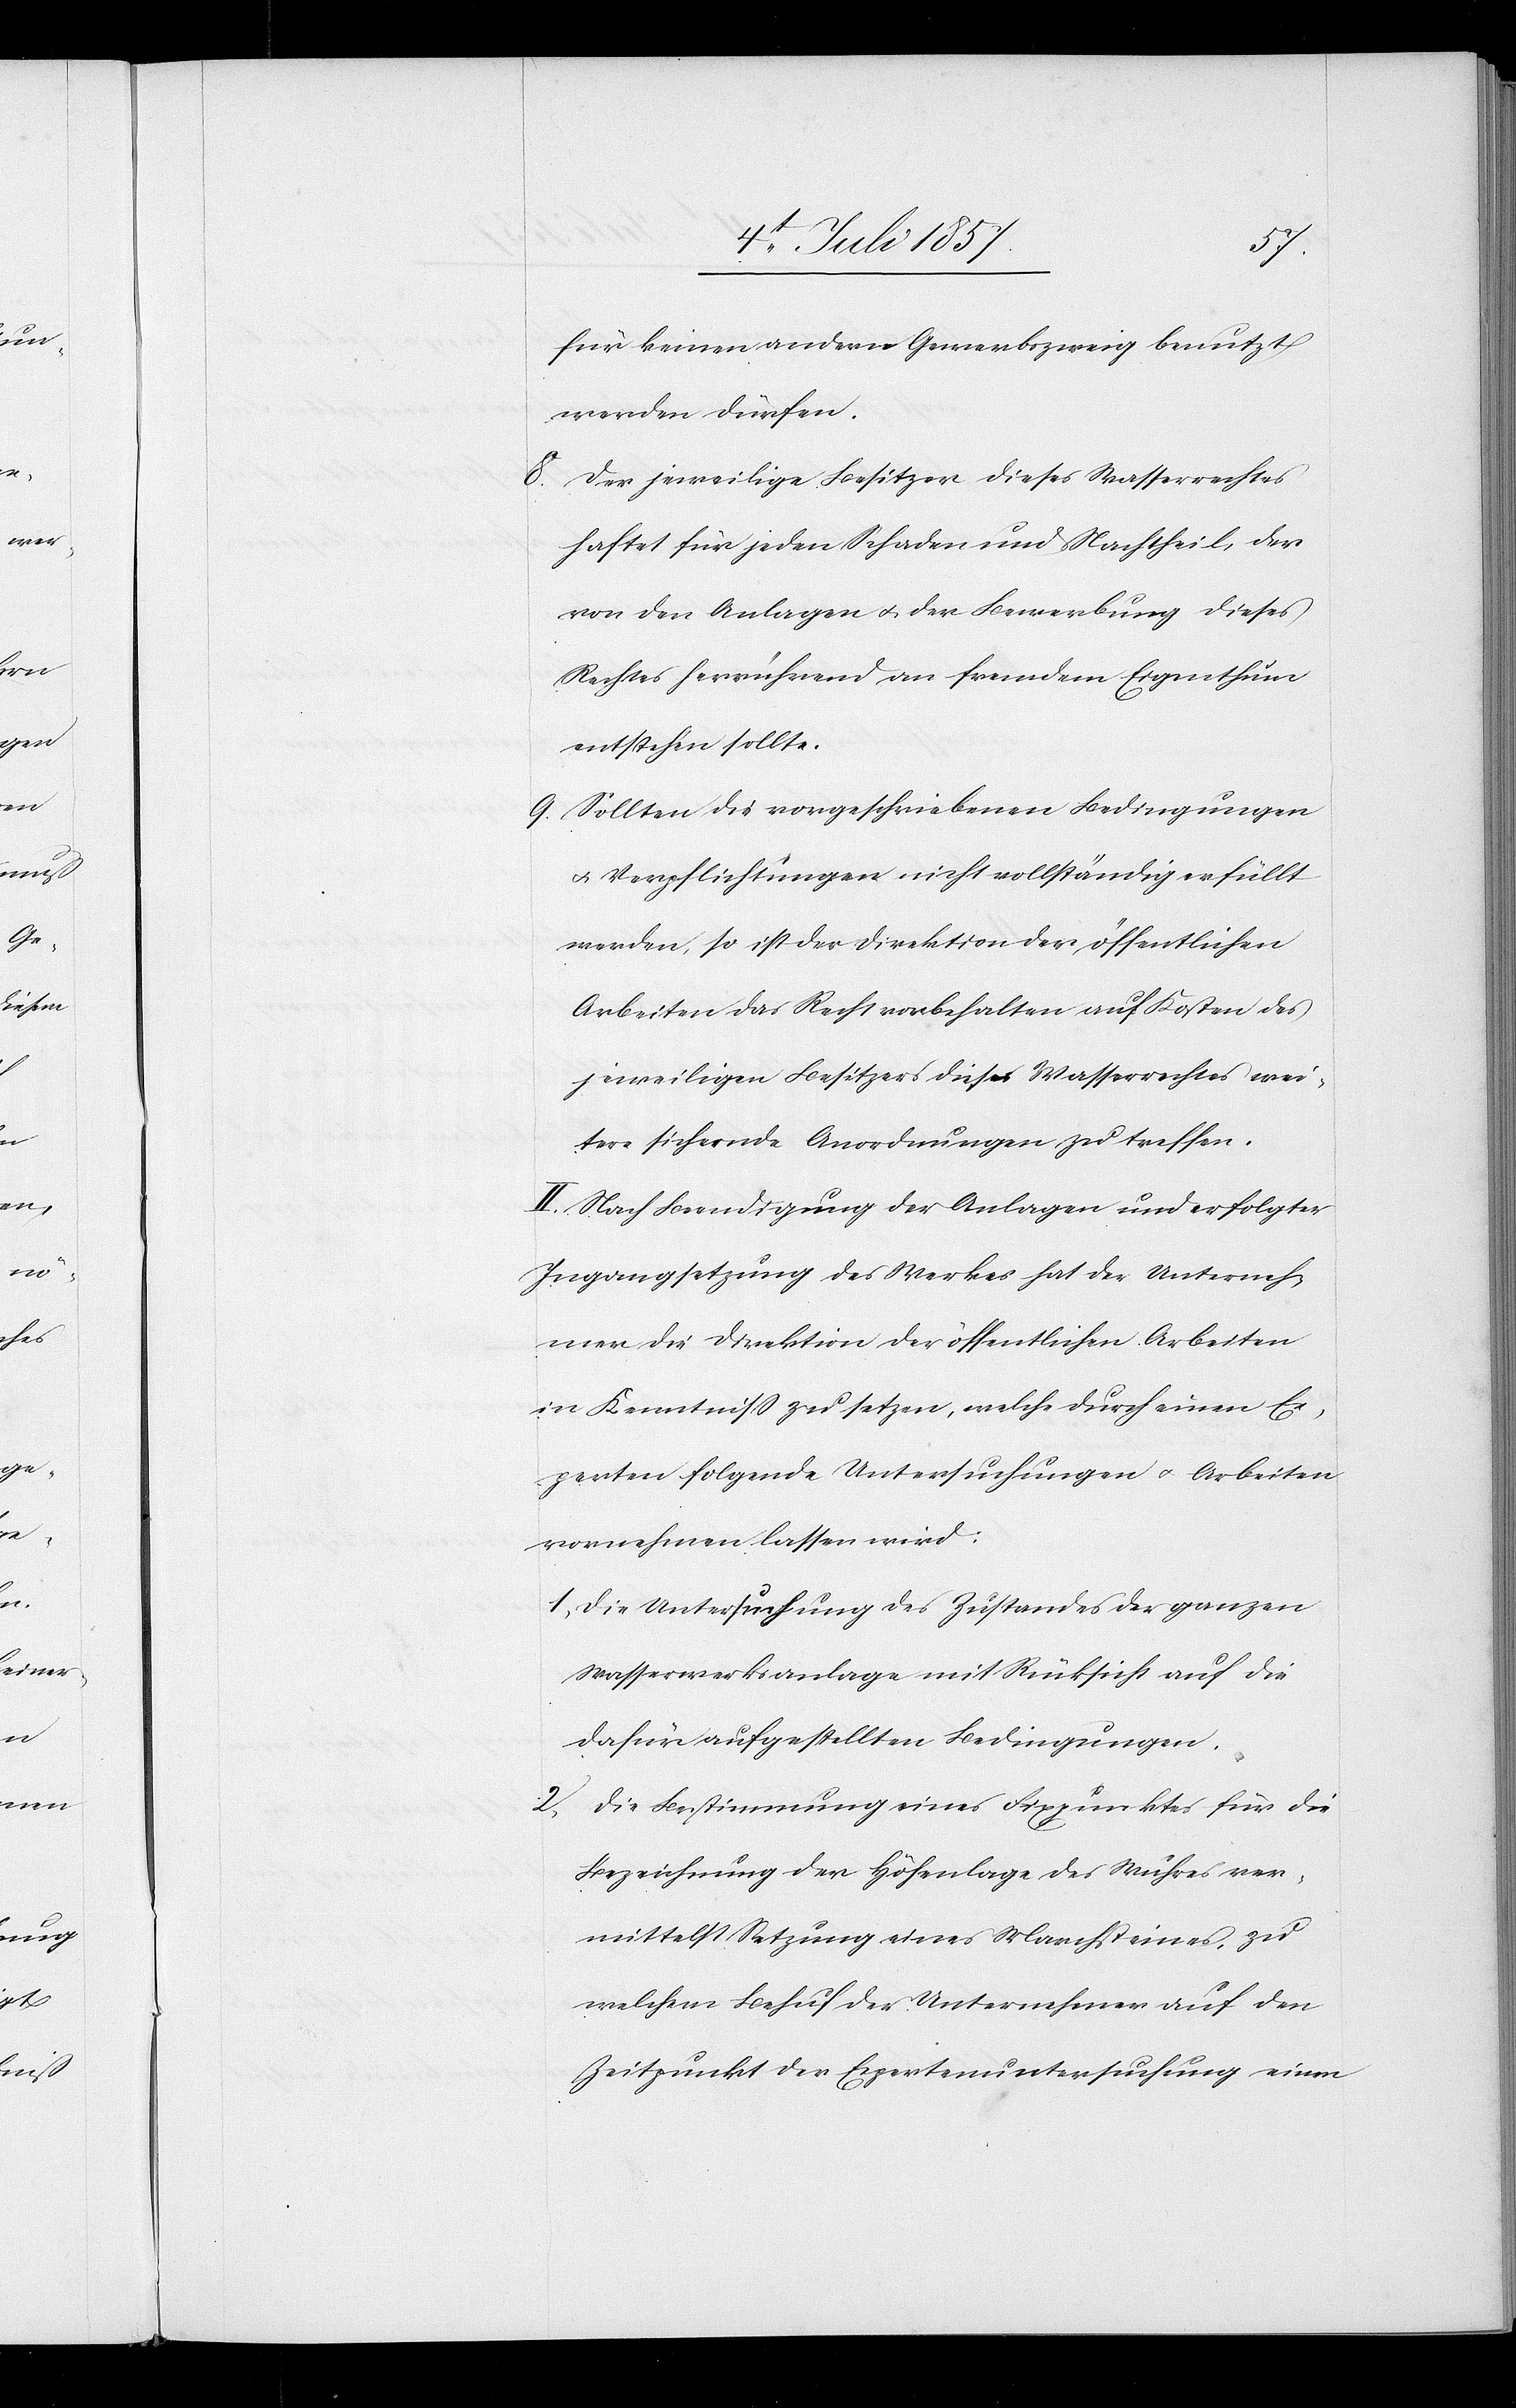
für keinen andern Gewerbszweig benutzt
werden dürfen.
8. Der jeweilige Besitzer dieses Wasserrechtes
haftet für jeden Schaden und Nachtheil, der
von den Anlagen & der Bewerbung dieses
Rechtes herrührend an fremdem Eigenthum
entstehen sollte.
9. Sollten die vorgeschriebenen Bedingungen
& Verpflichtungen nicht vollständig erfüllt
werden, so ist der Direktion der öffentlichen
Arbeiten das Recht vorbehalten auf Kosten des
jeweiligen Besitzers dieses Wasserrechtes wei¬
tere sichernde Anordnungen zu treffen.
II. Nach Beendigung der Anlagen und erfolgter
Ingangsetzung des Werkes hat der Unterneh¬
mer die Direktion der öffentlichen Arbeiten
in Kenntniß zu setzen, welche durch einen Ex¬
perten folgende Untersuchungen & Arbeiten
vornehmen lassen wird:
1. Die Untersuchung des Zustandes der ganzen
Wasserwerksanlage mit Rücksicht auf die
dafür aufgestellten Bedingungen.
2. Die Bestimmung eines Fixpunktes für die
Bezeichnung der Höhenlage des Wuhres ver¬
mittelst Setzung eines Marchsteines, zu
welchem Behuf der Unternehmer auf den
Zeitpunkt der Expertenuntersuchung einen